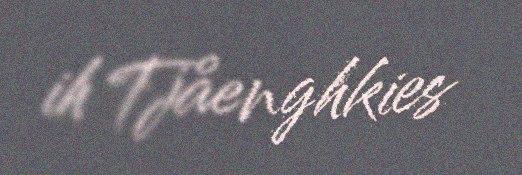
ih Tjåenghkies